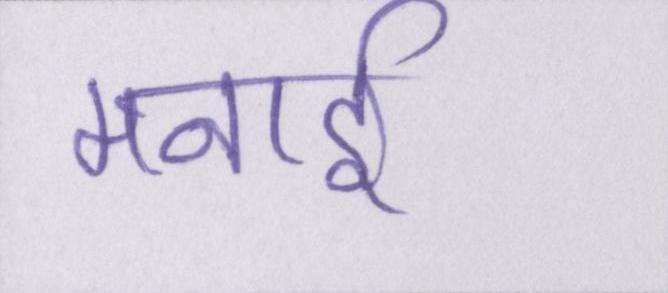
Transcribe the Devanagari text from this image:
मनाई